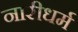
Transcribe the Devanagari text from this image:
नारीधर्म